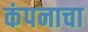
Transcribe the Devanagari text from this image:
कंपनाचा